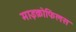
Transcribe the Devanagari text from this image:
माइक्रोफिलस